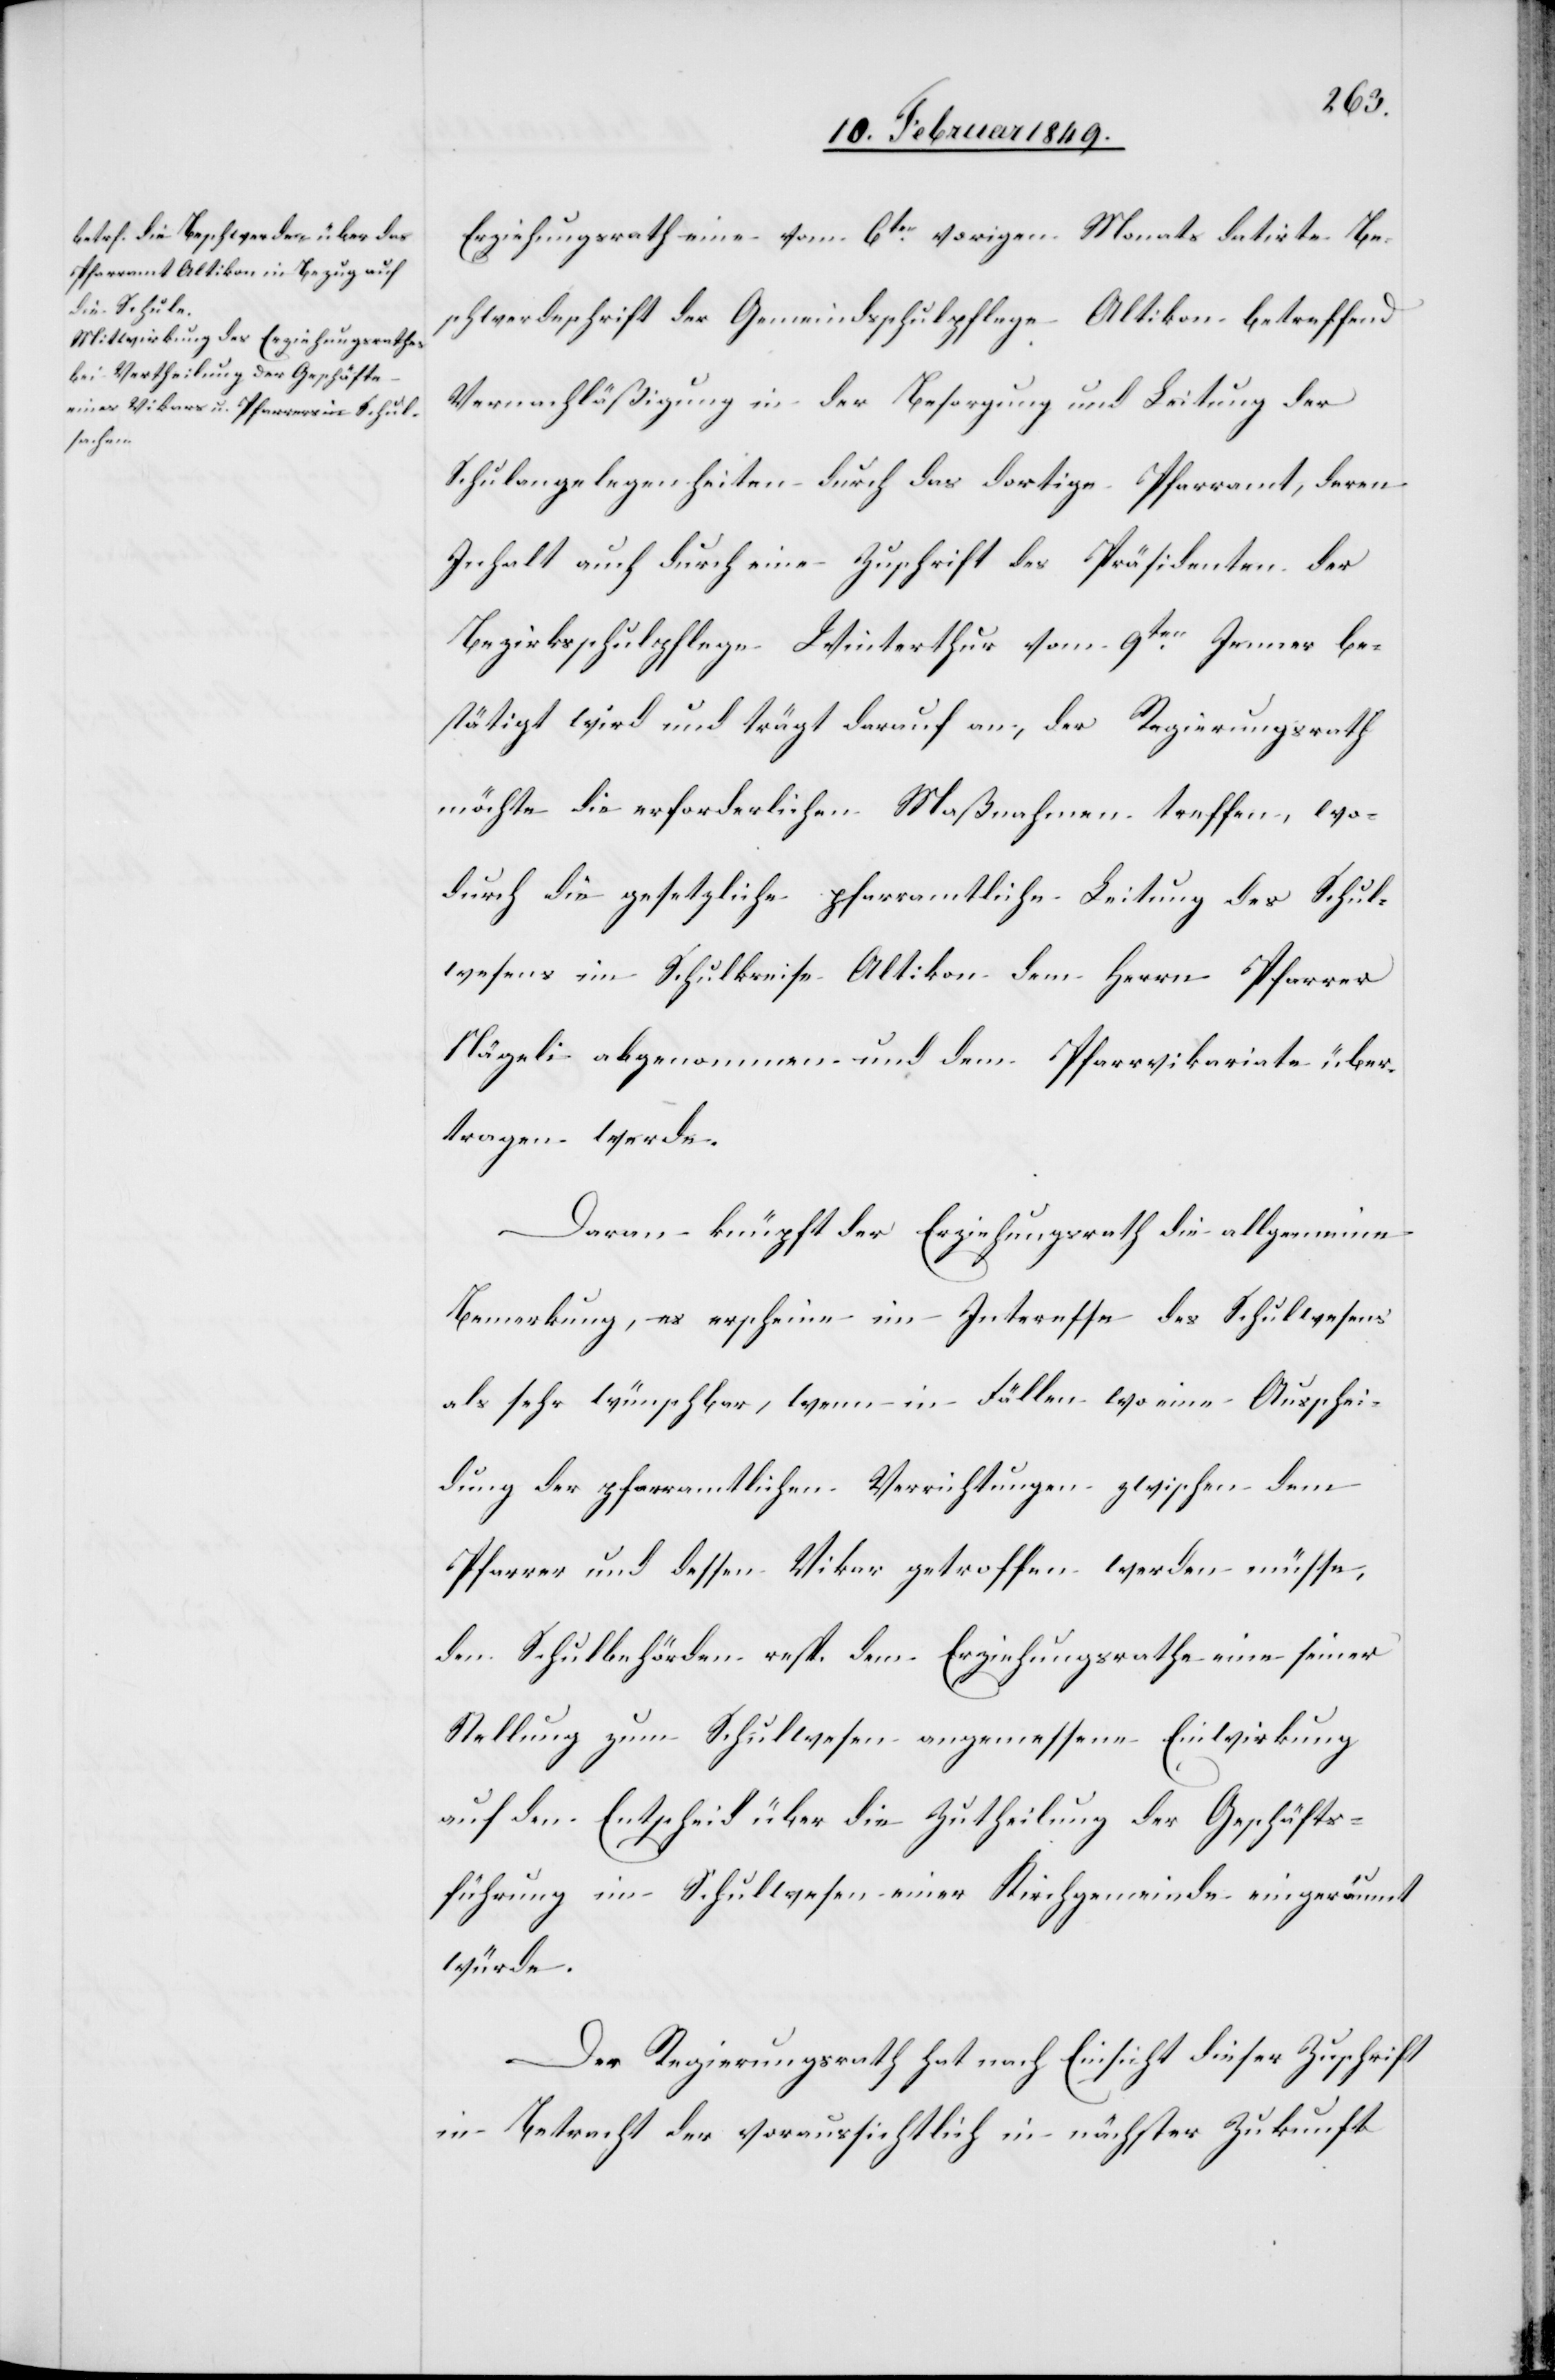
Erziehungsrath eine vom 6ten. vorigen Monats datirte Be¬
schwerdeschrift der Gemeindsschulpflege Altikon betreffend
Vernachläßigung in der Besorgung und Leitung der
Schulangelegenheiten durch das dortige Pfarramt, deren
Inhalt auch durch eine Zuschrift des Präsidenten der
Bezirksschulpflege Winterthur vom 9ten. Jenner be¬
stätigt wird und trägt darauf an, der Regierungsrath
möchte die erforderlichen Maßnahmen treffen, wo¬
durch die gesetzliche pfarramtliche Leitung des Schul¬
wesens im Schulkreise Altikon dem Herrn Pfarrer
Nägeli abgenommen und dem Pfarrvikariate über¬
tragen werde.
Daran knüpft der Erziehungsrath die allgemeine
Bemerkung, es erscheine im Interesses des Schulwesens
als sehr wünschbar, wenn in Fällen wo eine Ausschei¬
dung der pfarramtlichen Verrichtungen zwischen dem
Pfarrer und dessen Vikar getroffen werden müsse,
den Schulbehörden resp. dem Erziehungsrathe eine seiner
Stellung zum Schulwesen angemessene Einwirkung
auf den Entscheid über die Zutheilung der Geschäfts¬
führung im Schulwesen einer Kirchgemeinde eingeräumt
würde.
Der Regierungsrath hat nach Einsicht dieser Zuschrift
in Betracht der voraussichtlich in nächster Zukunft